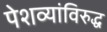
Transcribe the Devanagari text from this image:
पेशव्यांविरुद्ध